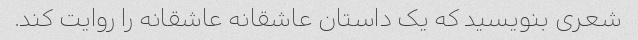
شعری بنویسید که یک داستان عاشقانه عاشقانه را روایت کند.